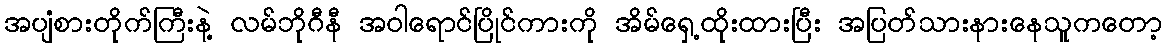
အပျံစားတိုက်ကြီးနဲ့ လမ်ဘိုဂီနီ အဝါရောင်ပြိုင်ကားကို အိမ်ရှေ့ထိုးထားပြီး အပြတ်သားနားနေသူကတော့